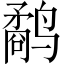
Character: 鹬